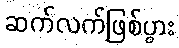
ဆက်လက်ဖြစ်ပွား